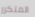
المتكرر